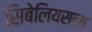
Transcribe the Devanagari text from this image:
सिबेलियसला